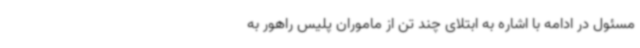
مسئول در ادامه با اشاره به ابتلای چند تن از ماموران پلیس راهور به